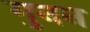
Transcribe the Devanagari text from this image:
गुनन